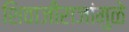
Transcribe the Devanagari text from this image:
शिवाजीराजांमुळे